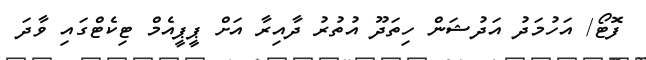
ފޮޓޯ/ އަހުމަދު އަދުޝަން ހިތަދޫ އުތުރު ދާއިރާ އަށް ޕީޕީއެމް ޓިކެޓްގައި ވާދަ